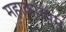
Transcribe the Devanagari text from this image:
महाकाव्यम